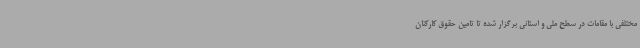
مختلفی با مقامات در سطح ملی و استانی برگزار شده تا تامین حقوق کارکنان